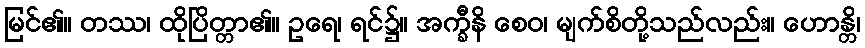
မြင်၏။ တဿ၊ ထိုပြိတ္တာ၏။ ဥရေ၊ ရင်၌။ အက္ခီနိ စေဝ၊ မျက်စိတို့သည်လည်း။ ဟောန္တိ၊